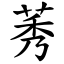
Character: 莠